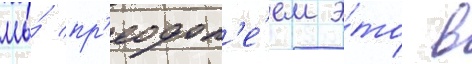
мы́ пр'еодол'е́ем э́то в